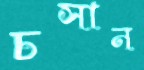
চসান